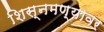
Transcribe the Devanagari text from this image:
शिस्नमण्यावर